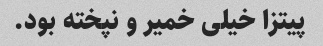
پیتزا خیلی خمیر و نپخته بود.